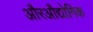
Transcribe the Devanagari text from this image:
औरऔद्योगिक